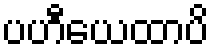
ပဟီယေထာပိ